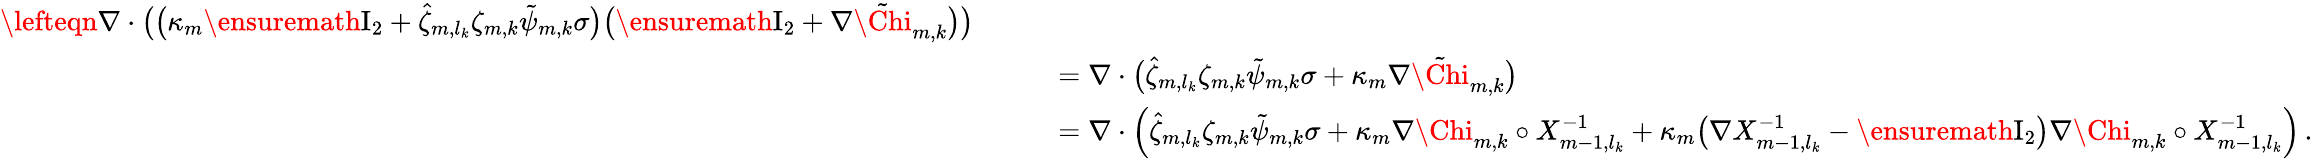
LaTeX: \begin{array}{rl}{\lefteqn{\nabla\cdot\bigl(\bigl(\kappa_{m}\ensuremath{\mathrm{I}_{2}}+\hat{\zeta}_{m,l_{k}}\zeta_{m,k}\tilde{\psi}_{m,k}\sigma\bigr)\bigl(\ensuremath{\mathrm{I}_{2}}+\nabla\tilde{\Chi}_{m,k}\bigr)\bigr)}\qquad}&{}\\ &{=\nabla\cdot\bigl(\hat{\zeta}_{m,l_{k}}\zeta_{m,k}\tilde{\psi}_{m,k}\sigma+\kappa_{m}\nabla\tilde{\Chi}_{m,k}\bigr)}\\ &{=\nabla\cdot\Bigl(\hat{\zeta}_{m,l_{k}}\zeta_{m,k}\tilde{\psi}_{m,k}\sigma+\kappa_{m}\nabla{\Chi}_{m,k}\circ X_{m-1,l_{k}}^{-1}+\kappa_{m}\bigl(\nabla X_{m-1,l_{k}}^{-1}-\ensuremath{\mathrm{I}_{2}}\bigr)\nabla{\Chi}_{m,k}\circ X_{m-1,l_{k}}^{-1}\Bigr)\, .}\end{array}